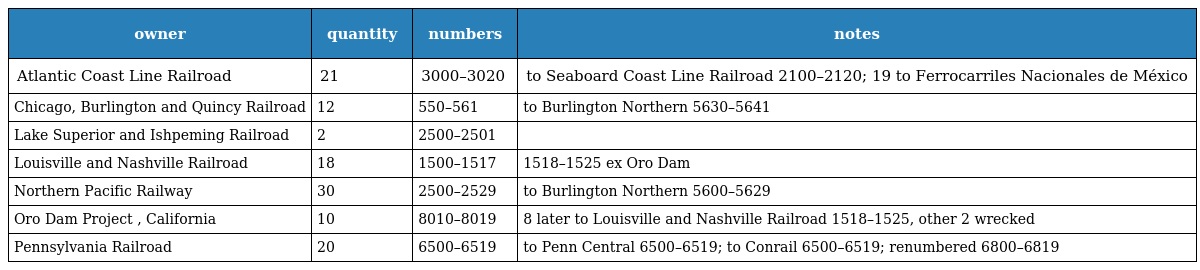
| owner | quantity | numbers | notes |
 | --- | --- | --- | --- |
 | Atlantic Coast Line Railroad | 21 | 3000–3020 | to Seaboard Coast Line Railroad 2100–2120; 19 to Ferrocarriles Nacionales de México |
 | Chicago, Burlington and Quincy Railroad | 12 | 550–561 | to Burlington Northern 5630–5641 |
 | Lake Superior and Ishpeming Railroad | 2 | 2500–2501 |  |
 | Louisville and Nashville Railroad | 18 | 1500–1517 | 1518–1525 ex Oro Dam |
 | Northern Pacific Railway | 30 | 2500–2529 | to Burlington Northern 5600–5629 |
 | Oro Dam Project , California | 10 | 8010–8019 | 8 later to Louisville and Nashville Railroad 1518–1525, other 2 wrecked |
 | Pennsylvania Railroad | 20 | 6500–6519 | to Penn Central 6500–6519; to Conrail 6500–6519; renumbered 6800–6819 |